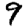
Digit: 9